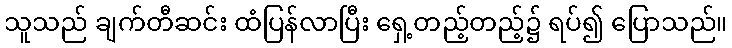
သူသည် ချက်တီဆင်း ထံပြန်လာပြီး ရှေ့တည့်တည့်၌ ရပ်၍ ပြောသည်။